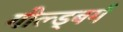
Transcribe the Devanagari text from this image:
गोल्ड्बर्ग